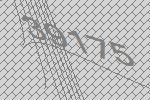
39175